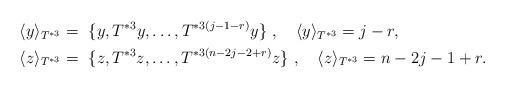
LaTeX: \begin{align*} \langle y\rangle_{T^{*3}} &= ~\{y, T^{*3}y ,\ldots, T^{*3(j-1-r)}y\}~,~~~\langle y\rangle_{T^{*3}}=j-r,\\ \langle z\rangle_{T^{*3}} &= ~\{z, T^{*3}z ,\ldots, T^{*3(n-2j-2+r)}z\}~,~~~\langle z\rangle_{T^{*3}}=n-2j-1+r. \end{align*}